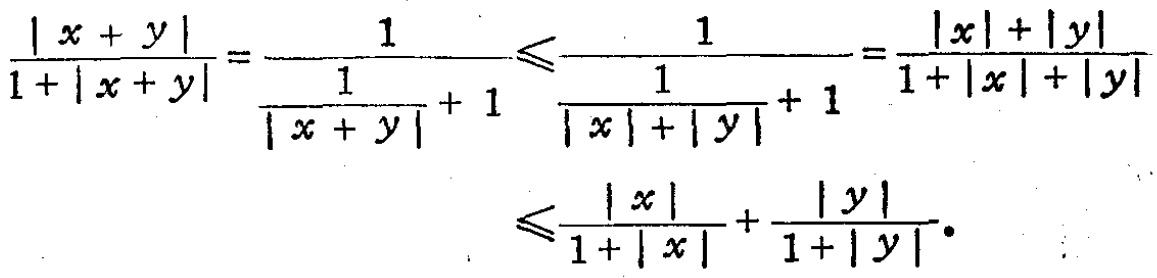
\[\frac{|x + y|}{1+|x + y|}=\frac{1}{\frac{1}{|x + y|}+1}\leqslant\frac{1}{\frac{1}{|x|+|y|}+1}=\frac{|x|+|y|}{1+|x|+|y|}\leqslant\frac{|x|}{1+|x|}+\frac{|y|}{1+|y|}.\]